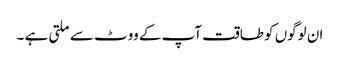
ان لوگوں کو طاقت آپ کے ووٹ سے ملتی ہے ۔